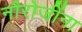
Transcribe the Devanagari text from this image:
नौरोजींना